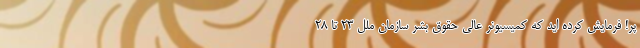
پر! فرمایش کرده اید که کمیسیونر عالی حقوق بشر سازمان ملل ۲۳ تا ۲۸